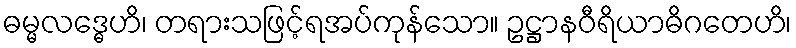
ဓမ္မလဒ္ဓေဟိ၊ တရားသဖြင့်ရအပ်ကုန်သော။ ဥဋ္ဌာနဝီရိယာဓိဂတေဟိ၊